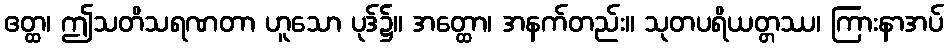
ဧတ္ထ၊ ဤသတိသရဏတာ ဟူသော ပုဒ်၌။ အတ္ထော၊ အနက်တည်း။ သုတပရိယတ္တဿ၊ ကြားနာအပ်